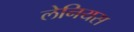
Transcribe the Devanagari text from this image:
लेनियस